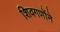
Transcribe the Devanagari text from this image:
शिवगणोंने